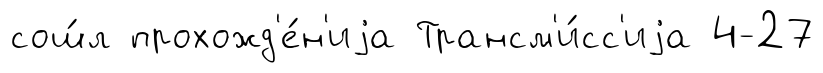
сош́л прохожд'е́н'иjа Трансм'и́сс'иjа 4-27